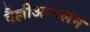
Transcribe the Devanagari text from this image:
वैल्लीअम्बलम